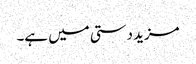
مزید دستی میں ہے۔